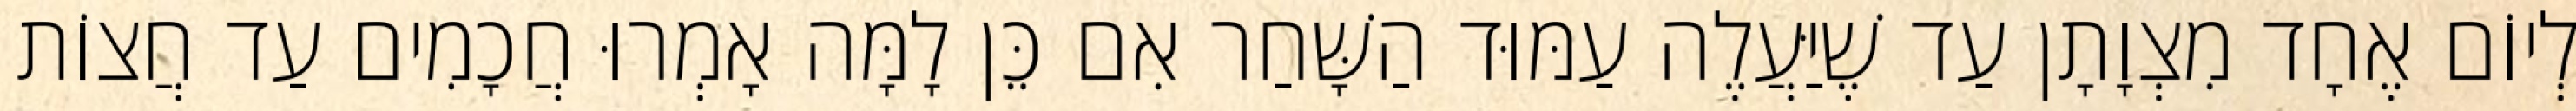
לְיוֹם אֶחָד מִצְוָתָן עַד שֶׁיַּעֲלֶה עַמּוּד הַשָּׁחַר אִם כֵּן לָמָּה אָמְרוּ חֲכָמִים עַד חֲצוֹת